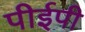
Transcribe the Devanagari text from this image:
पीईपी